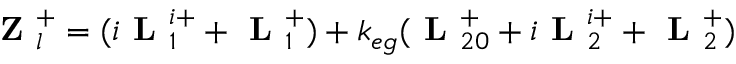
\textbf { Z } _ { l } ^ { + } = ( i \textbf { L } _ { 1 } ^ { i + } + \textbf { L } _ { 1 } ^ { + } ) + k _ { e g } ( \textbf { L } _ { 2 0 } ^ { + } + i \textbf { L } _ { 2 } ^ { i + } + \textbf { L } _ { 2 } ^ { + } )